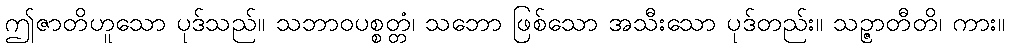
ဤဇာတိဟူသော ပုဒ်သည်။ သဘာဝပစ္စတ္တံ၊ သဘော ဖြစ်သော အသီးသော ပုဒ်တည်း။ သဉ္ဇာတီတိ၊ ကား။